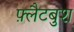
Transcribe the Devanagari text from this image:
फ़्लैटबुश